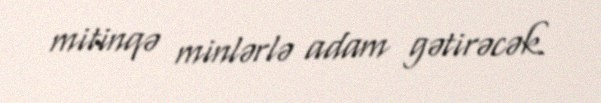
mitinqə minlərlə adam gətirəcək.